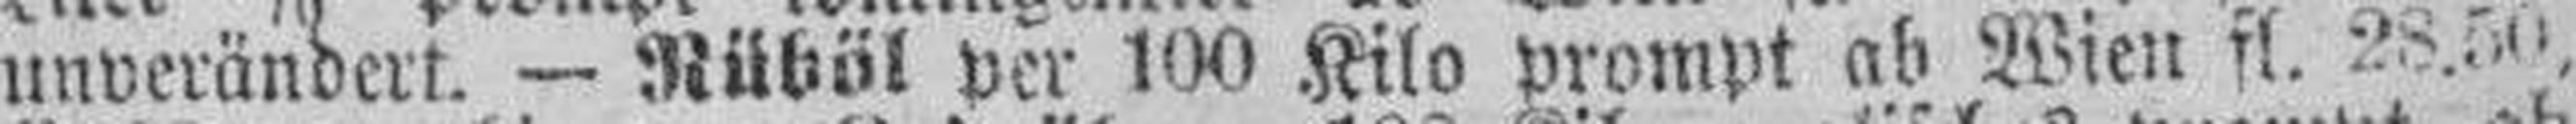
unverändert. — Rüböl per 100 Kilo prompt ab Wien fl. 28.50,